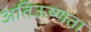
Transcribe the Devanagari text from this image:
अतिऊष्णता